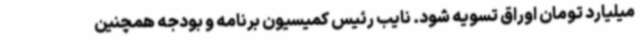
میلیارد تومان اوراق تسویه شود. نایب رئیس کمیسیون برنامه و بودجه همچنین